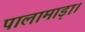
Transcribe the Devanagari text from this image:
पालामाड़ा।